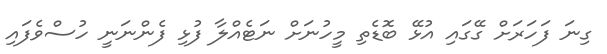
ގިނަ ފަހަރަށް ގޭގައި އުޅޭ ބޮޑެތި މީހުނަށް ނަޓެއްލާ ފުޅި ފެންނަނީ ހުސްވެފައި